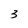
Character: 3